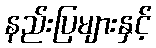
နည်းပြများနှင့်